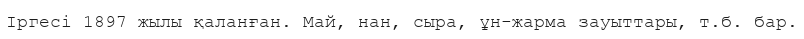
Іргесі 1897 жылы қаланған. Май, нан, сыра, ұн-жарма зауыттары, т.б. бар.